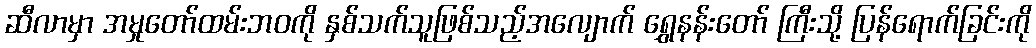
ဆီလာမှာ အမှုတော်ထမ်းဘဝကို နှစ်သက်သူဖြစ်သည့်အလျောက် ရွှေနန်းတော် ကြီးသို့ ပြန်ရောက်ခြင်းကို